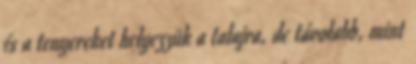
és a tenyereket helyezzük a talajra, de távolabb, mint